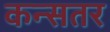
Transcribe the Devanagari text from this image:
कन्सतर